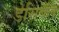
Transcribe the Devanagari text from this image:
डेसिबॅल